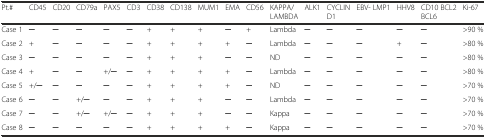
| Pt.# | CD45 | CD20 | CD79a | PAX5 | CD3 | CD38 | CD138 | MUM1 | EMA | CD56 | KAPPA/ LAMBDA | ALK1 | CYCLIN D1 | EBV- LMP1 | HHV8 | CD10 BCL2 BCL6 | Ki-67 |
 | --- | --- | --- | --- | --- | --- | --- | --- | --- | --- | --- | --- | --- | --- | --- | --- | --- | --- |
 | Case 1 | ─ | ─ | ─ | ─ | ─ | + | + | + | ─ | + | Lambda | ─ | ─ | ─ | ─ | ─ | >90 % |
 | Case 2 | + | ─ | ─ | ─ | ─ | + | + | + | + | ─ | Lambda | ─ | ─ | ─ | + | ─ | >80 % |
 | Case 3 | ─ | ─ | ─ | ─ | ─ | + | + | + | ─ | ─ | ND | ─ | ─ | ─ | ─ | ─ | >80 % |
 | Case 4 | + | ─ | ─ | +/─ | ─ | + | + | + | + | ─ | Lambda | ─ | ─ | ─ | ─ | ─ | >80 % |
 | Case 5 | +/─ | ─ | ─ | ─ | ─ | + | + | + | + | ─ | ND | ─ | ─ | ─ | ─ | ─ | >70 % |
 | Case 6 | ─ | ─ | +/─ | ─ | ─ | + | + | + | ─ | ─ | Lambda | ─ | ─ | ─ | ─ | ─ | >70 % |
 | Case 7 | ─ | ─ | +/─ | +/─ | ─ | + | + | + | ─ | ─ | Kappa | ─ | ─ | ─ | ─ | ─ | >70 % |
 | Case 8 | ─ | ─ | ─ | ─ | ─ | + | + | + | + | ─ | Kappa | ─ | ─ | ─ | ─ | ─ | >70 % |